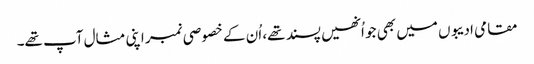
مقامی ادیبوں میں بھی جو اُنھیں پسند تھے، اُن کے خصوصی نمبر اپنی مثال آپ تھے۔